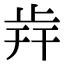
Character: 𣥭